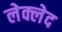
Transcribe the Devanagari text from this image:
लेक्लेद